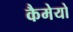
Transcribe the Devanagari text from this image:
कैमेयो